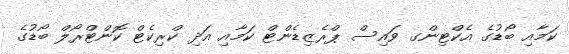
ކަމާއި ބޯޑުގެ އެކްޓިންގ ވައިސް ޕްރެޒިޑެންޓް ކަމާއި އަދި ކްރިކެޓް ކޮންޓްރޯލް ބޯޑުގެ